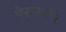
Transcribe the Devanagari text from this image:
पेरण्याचे